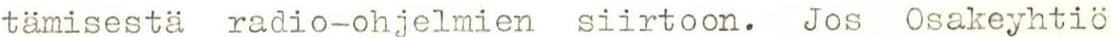
tämisestä radio-ohjelmien siirtoon. Jos Osakeyhtiö